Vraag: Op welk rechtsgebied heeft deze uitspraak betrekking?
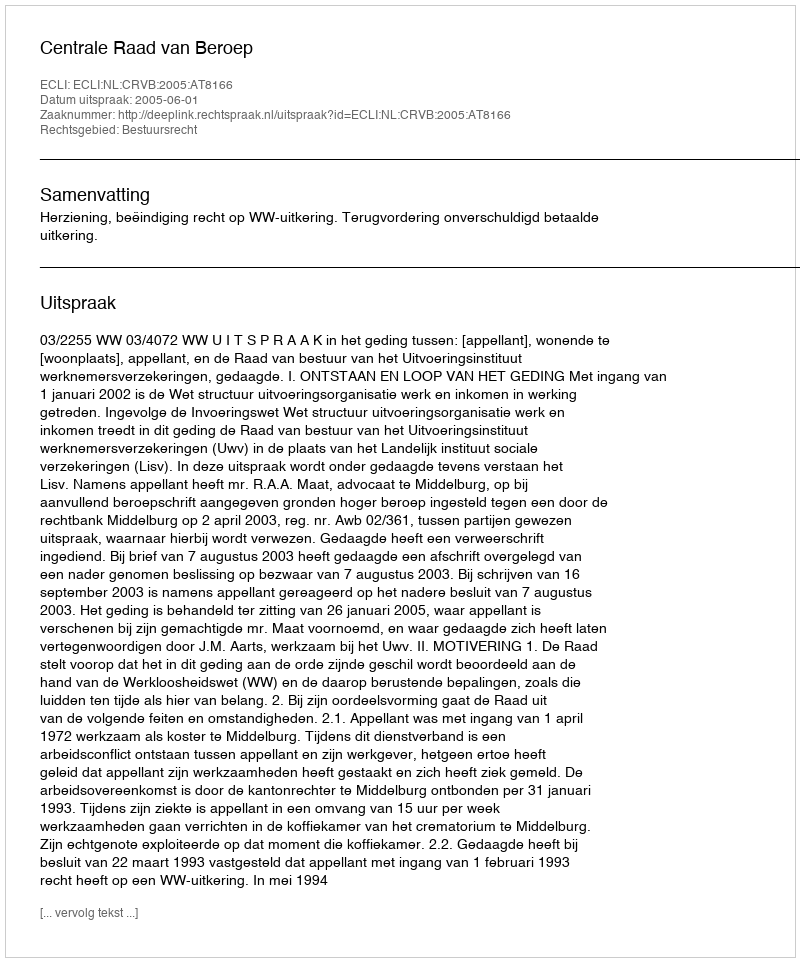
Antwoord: Bestuursrecht